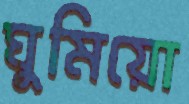
ঘুমিয়ো